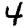
Digit: 4